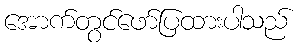
အောက်တွင်ဖော်ပြထားပါသည်